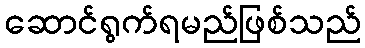
ဆောင်ရွက်ရမည်ဖြစ်သည်